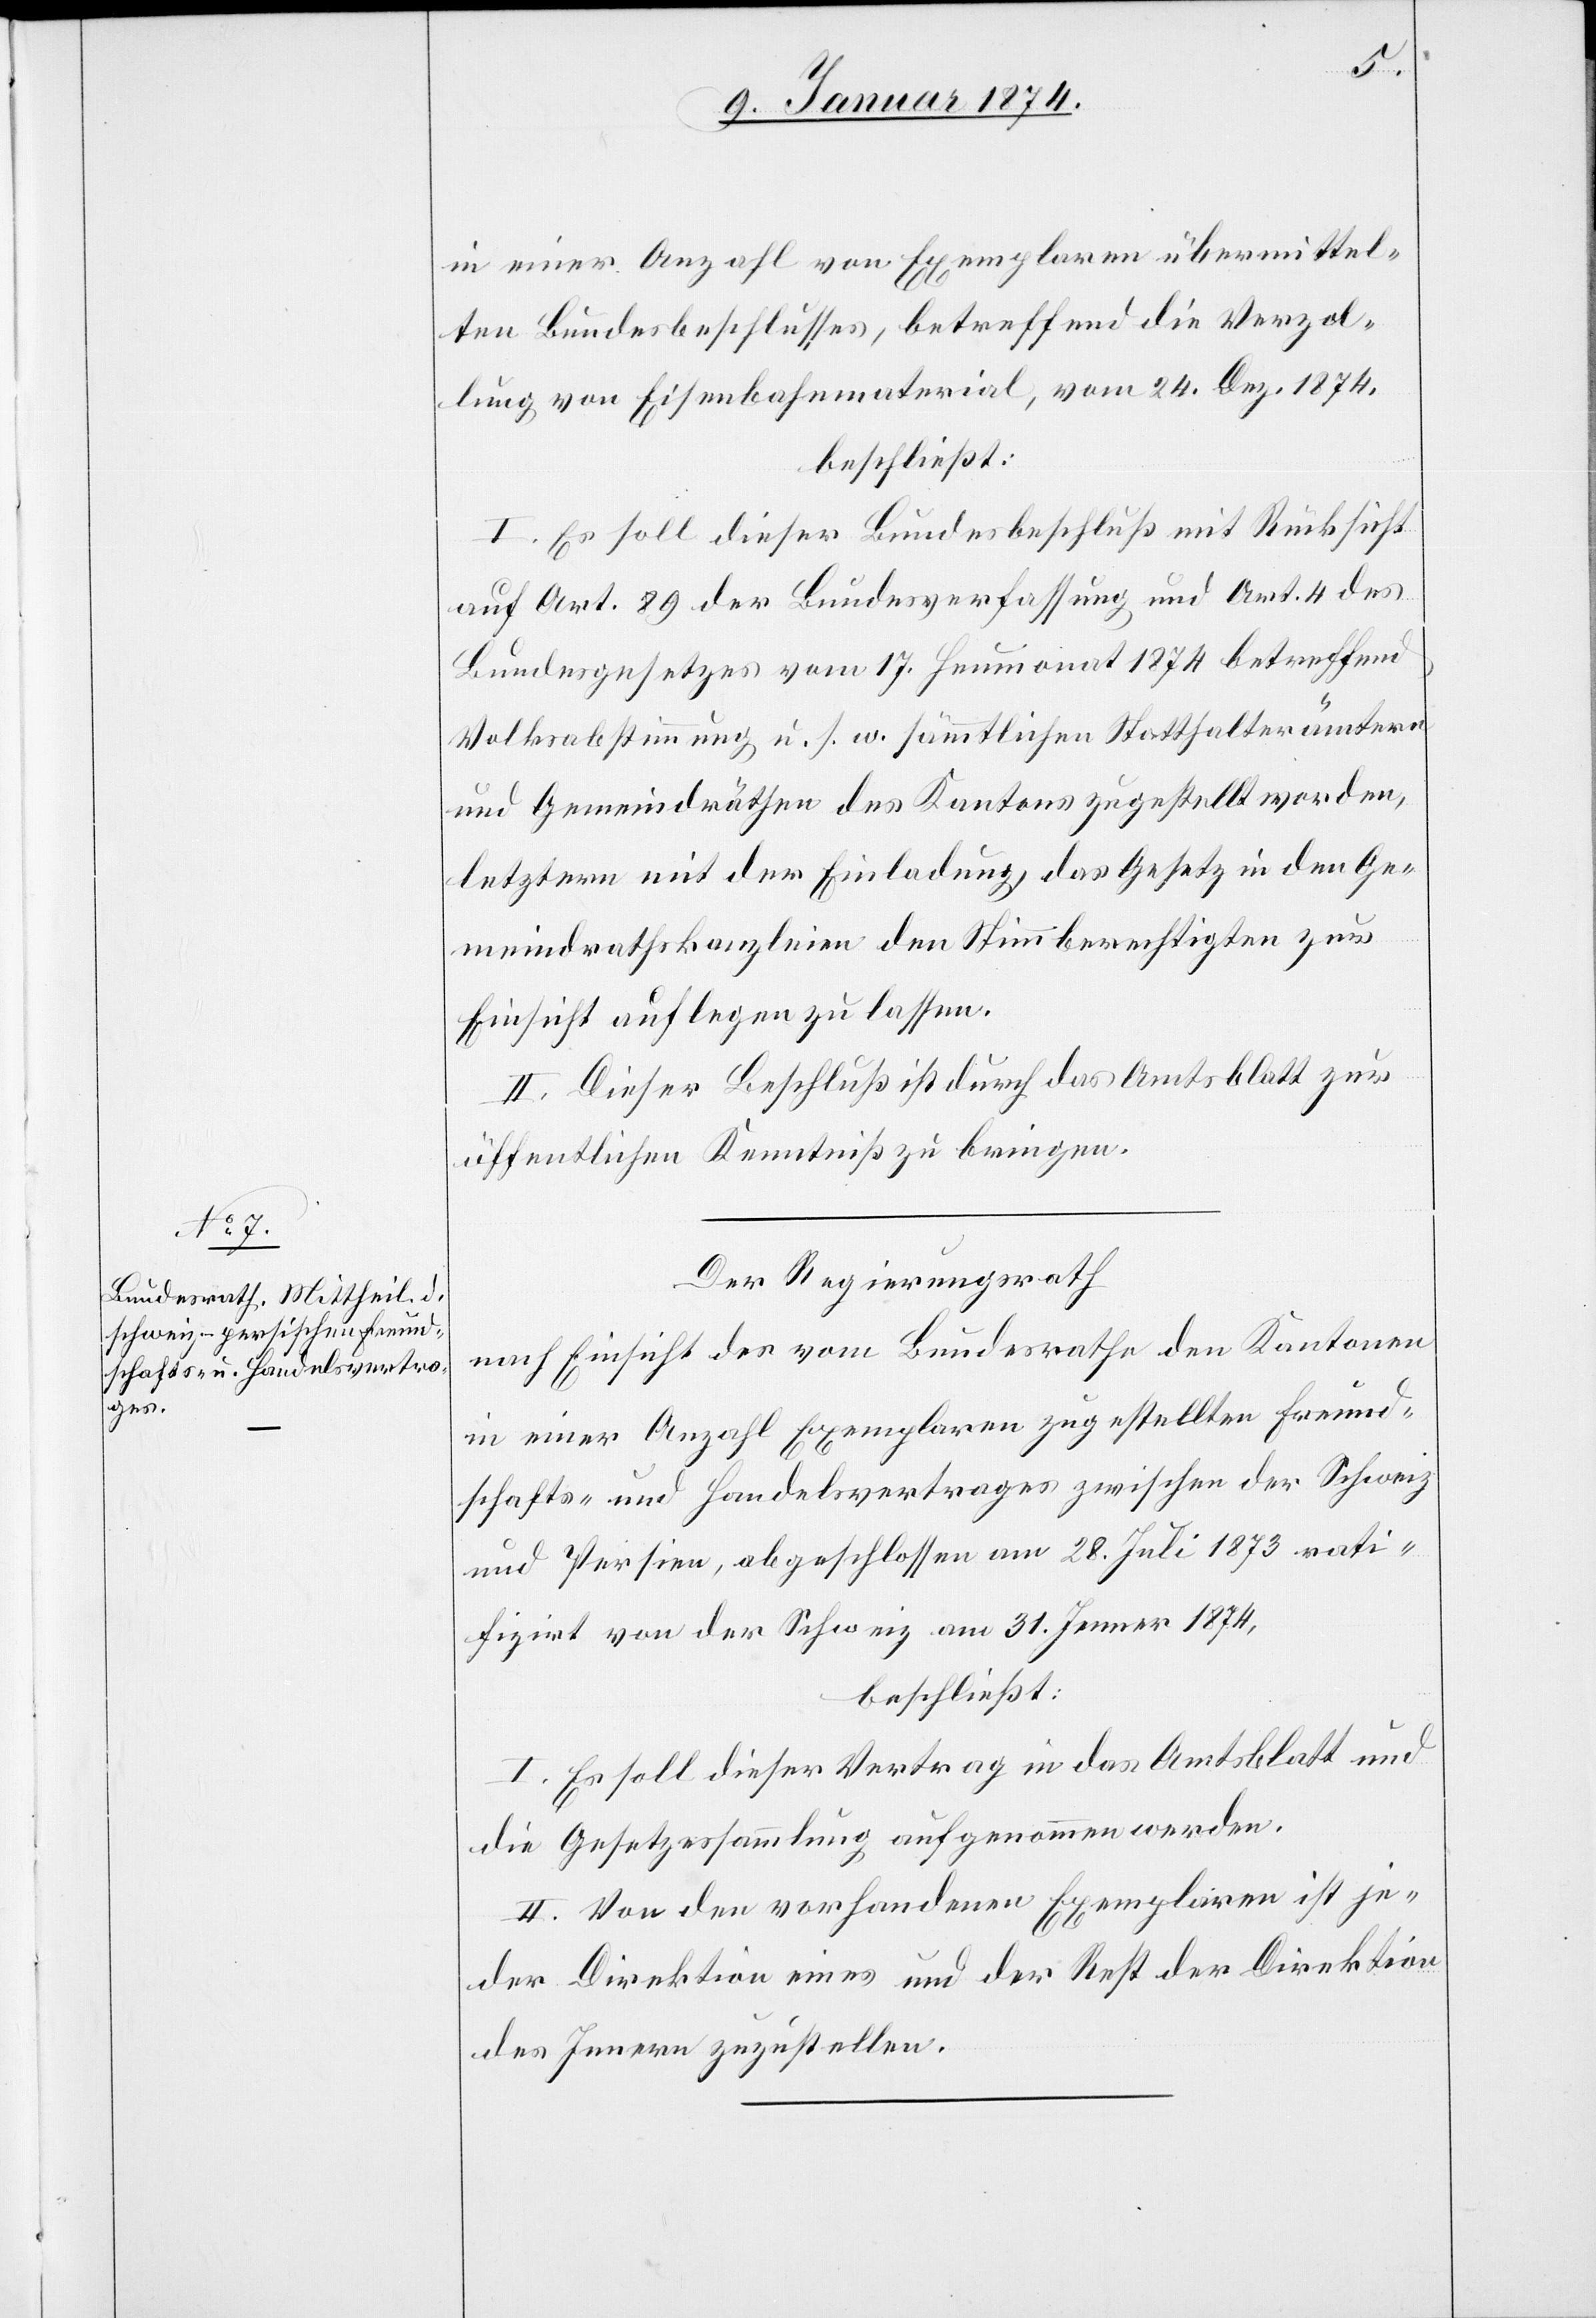
in einer Anzahl von Exemplaren übermittel¬
ten Bundesbeschlusses, betreffend auf die Verzol¬
lung von Eisenbahnmaterial, vom 24. Dez. 1874,
beschließt:
I. Es soll dieser Bundesbeschluß mit Rücksicht
auf Art. 89 der Bundesverfassung und Art. 4 des
Bundesgesetzes vom 17. Heumonat 1874 betreffend
Volksabstimmung u. s. w. sämmtlichen Statthalterämtern
und Gemeindräthen des Kantons zugestellt worden
letztern mit der Einladung, das Gesetz in den Ge¬
meindrathskanzleien den Stimmberechtigten zur
Einsicht auf legen zu lassen.
II. Dieser Beschluß ist durch das Amtsblatt zur
öffentlichen Kenntniß zu bringen.
Der Regierungsrath
nach Einsicht des vom Bundesrathe den Kantonen
in einer Anzahl Exemplaren zugestellten Freund¬
schafts- und Handelsvertrages zwischen der Schweiz
und Persien, abgeschlossen am 28. Juli 1873 rati¬
fizirt von der Schweiz am 31. Jenner 1874,
beschließt:
I. Es soll dieser Vertrag in das Amtsblatt und
die Gesetzessammlung aufgenommen werden.
II. Von den vorhandenen Exemplaren ist je¬
der Direktion eines und der Rest der Direktion
des Innern zuzustellen.